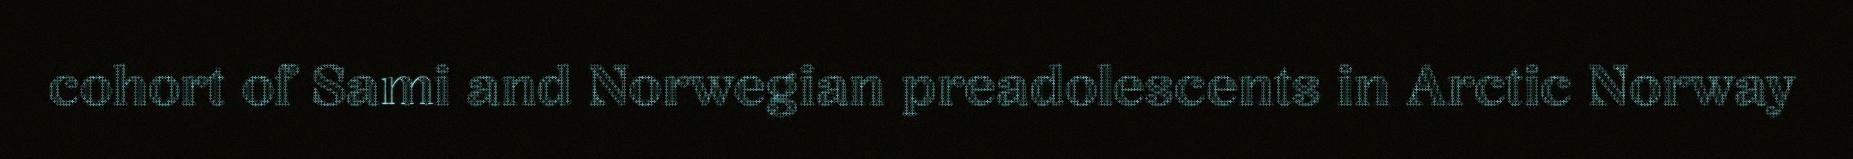
cohort of Sami and Norwegian preadolescents in Arctic Norway